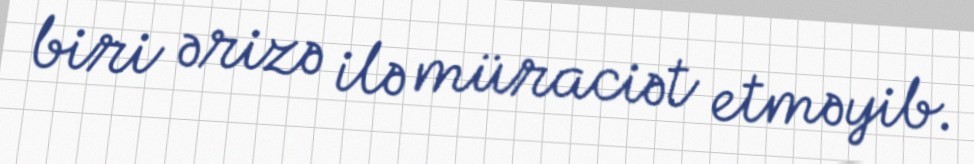
biri ərizə ilə müraciət etməyib.